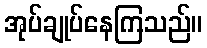
အုပ်ချုပ်နေကြသည်။